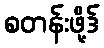
စတန်းဖို့ဒ်